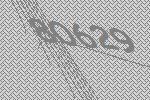
80629